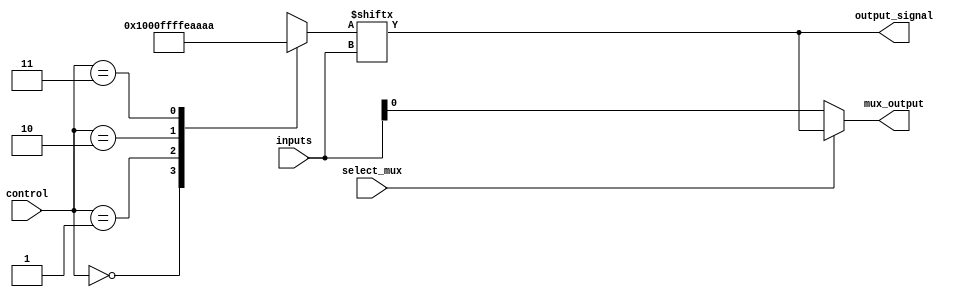
module CLB (
    input wire [3:0] inputs,          // 4 input signals
    input wire [1:0] control,         // Control signals for LUT configuration
    input wire select_mux,            // Control signal for multiplexer
    output wire output_signal,         // Output signal from the LUT
    output wire mux_output             // Output from the multiplexer
);

    // Internal signal for LUT output
    wire lut_output;

    // 4-input Look-Up Table (LUT) implementation
    reg [15:0] lut_config;             // Configuration memory for the LUT

    // Example LUT configuration for different control signals
    always @(*) begin
        case (control)
            2'b00: lut_config = 16'b0000000000000001; // Function: AND
            2'b01: lut_config = 16'b0000000000001111; // Function: OR
            2'b10: lut_config = 16'b1111111111111110; // Function: NOT
            2'b11: lut_config = 16'b1010101010101010; // Function: XOR
            default: lut_config = 16'b0000000000000000; // Default to 0
        endcase
    end

    // LUT logic - select appropriate output
    assign lut_output = lut_config[inputs];

    // Multiplexer to select output from LUT or pass-through input
    assign mux_output = select_mux ? lut_output : inputs[0]; // Example: select either LUT output or first input

    // Final output signal
    assign output_signal = lut_output;

endmodule